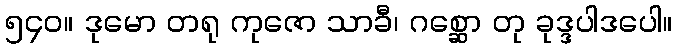
၅၄၀။ ဒုမော တရု ကုဇော သာခီ၊ ဂစ္ဆော တု ခုဒ္ဒပါဒပေါ။